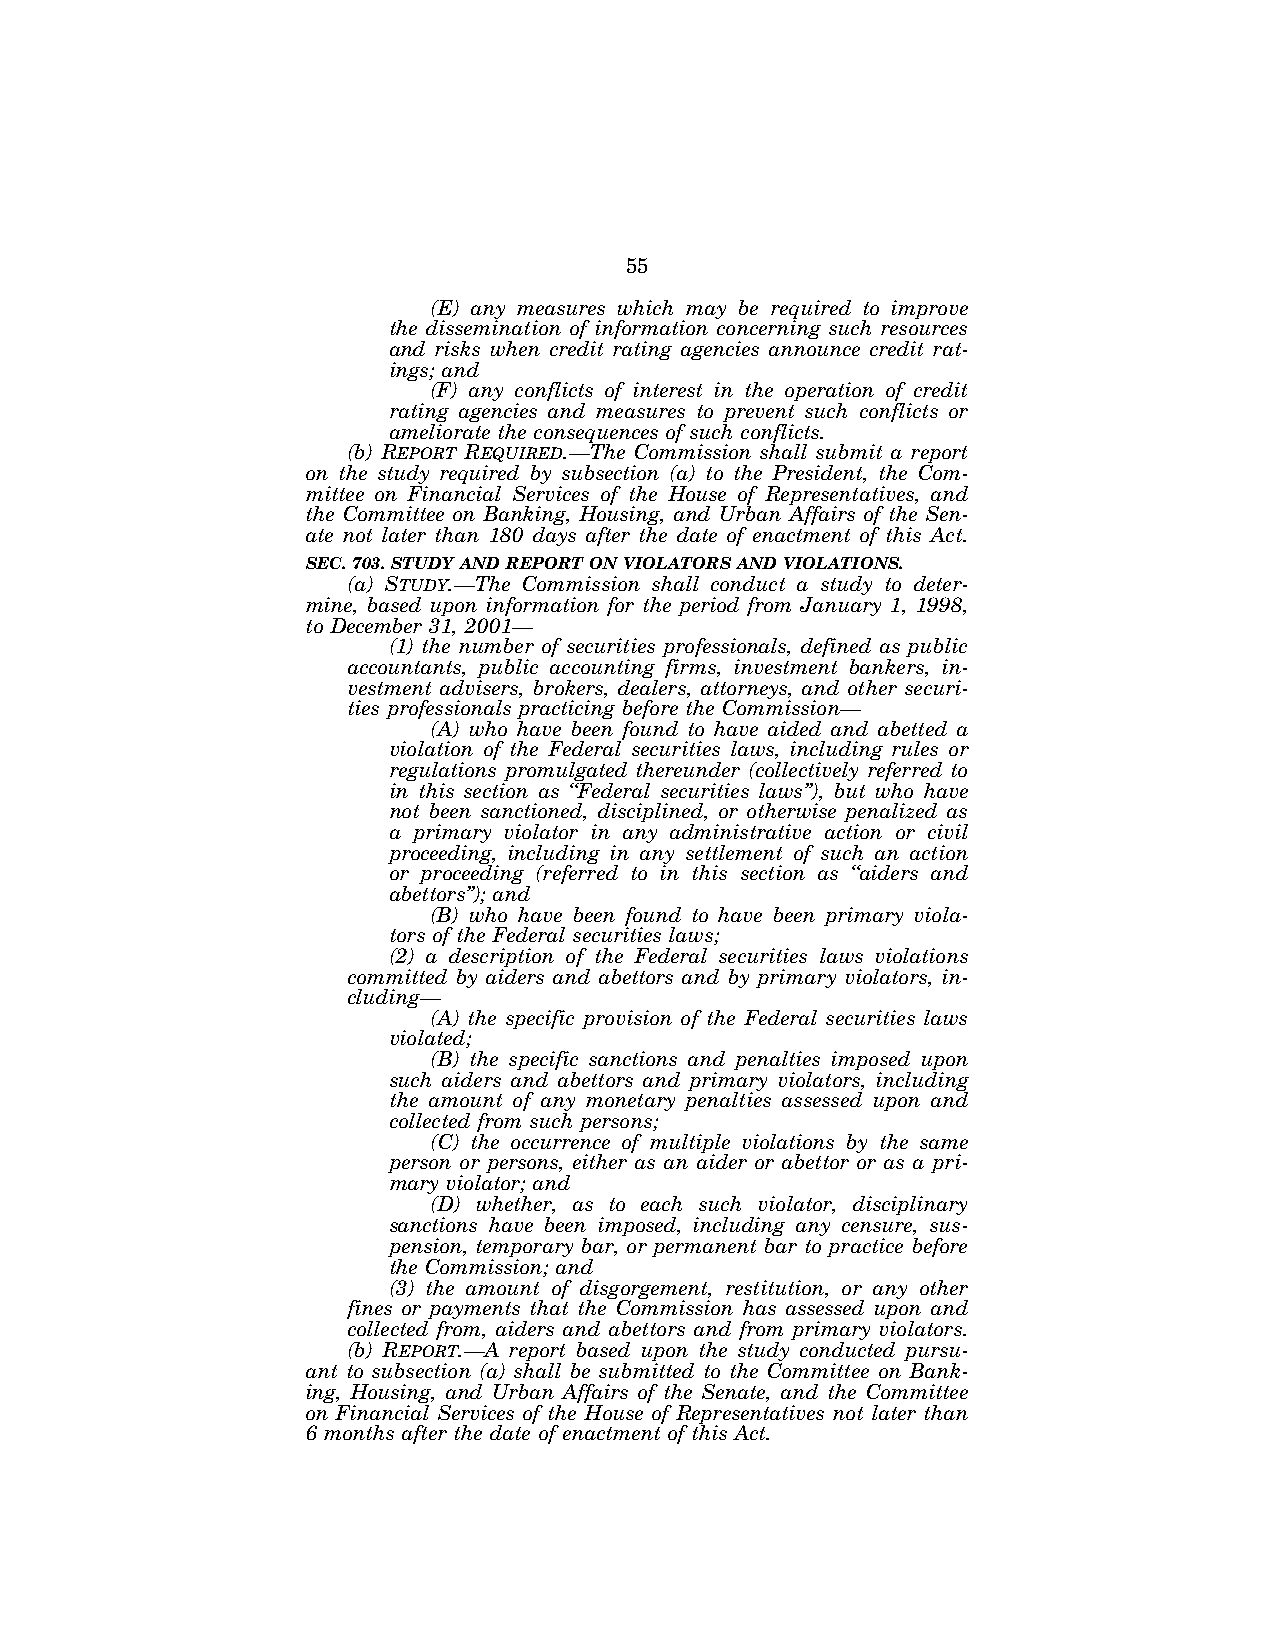
55
 (E) any measures which may be required to improve
 the dissemination of information concerning such resources
 and risks when credit rating agencies announce credit rat-
 ings; and
 (F) any conflicts of interest in the operation of credit
 rating agencies and measures to prevent such conflicts or
 ameliorate the consequences of such conflicts.
 (b) REPORT REQUIRED.—The Commission shall submit a report
 on the study required by subsection (a) to the President, the Com-
 mittee on Financial Services of the House of Representatives, and
 the Committee on Banking, Housing, and Urban Affairs of the Sen-
 ate not later than 180 days after the date of enactment of this Act.
 SEC. 703. STUDY AND REPORT ON VIOLATORS AND VIOLATIONS.
 (a) STUDY.—The Commission shall conduct a study to deter-
 mine, based upon information for the period from January 1, 1998,
 to December 31, 2001—
 (1) the number of securities professionals, defined as public
 accountants, public accounting firms, investment bankers, in-
 vestment advisers, brokers, dealers, attorneys, and other securi-
 ties professionals practicing before the Commission—
 (A) who have been found to have aided and abetted a
 violation of the Federal securities laws, including rules or
 regulations promulgated thereunder (collectively referred to
 in this section as ‘‘Federal securities laws’’), but who have
 not been sanctioned, disciplined, or otherwise penalized as
 a primary violator in any administrative action or civil
 proceeding, including in any settlement of such an action
 or proceeding (referred to in this section as ‘‘aiders and
 abettors’’); and
 (B) who have been found to have been primary viola-
 tors of the Federal securities laws;
 (2) a description of the Federal securities laws violations
 committed by aiders and abettors and by primary violators, in-
 cluding—
 (A) the specific provision of the Federal securities laws
 violated;
 (B) the specific sanctions and penalties imposed upon
 such aiders and abettors and primary violators, including
 the amount of any monetary penalties assessed upon and
 collected from such persons;
 (C) the occurrence of multiple violations by the same
 person or persons, either as an aider or abettor or as a pri-
 mary violator; and
 (D) whether, as to each such violator, disciplinary
 sanctions have been imposed, including any censure, sus-
 pension, temporary bar, or permanent bar to practice before
 the Commission; and
 (3) the amount of disgorgement, restitution, or any other
 fines or payments that the Commission has assessed upon and
 collected from, aiders and abettors and from primary violators.
 (b) REPORT.—A report based upon the study conducted pursu-
 ant to subsection (a) shall be submitted to the Committee on Bank-
 ing, Housing, and Urban Affairs of the Senate, and the Committee
 on Financial Services of the House of Representatives not later than
 6 months after the date of enactment of this Act.
 VerDate Jul 19 2002 16:35 Jul 25, 2002 Jkt 080361 PO 00000 Frm 00055 Fmt 6659 Sfmt 6603 E:\HR\OC\HR610.XXX pfrm15 PsN: HR610